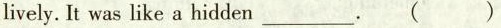
lively. It was like a hidden___. ( )